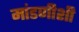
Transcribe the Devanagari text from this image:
मांडणीशी